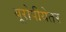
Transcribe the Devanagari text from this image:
यूरोपीयेतर